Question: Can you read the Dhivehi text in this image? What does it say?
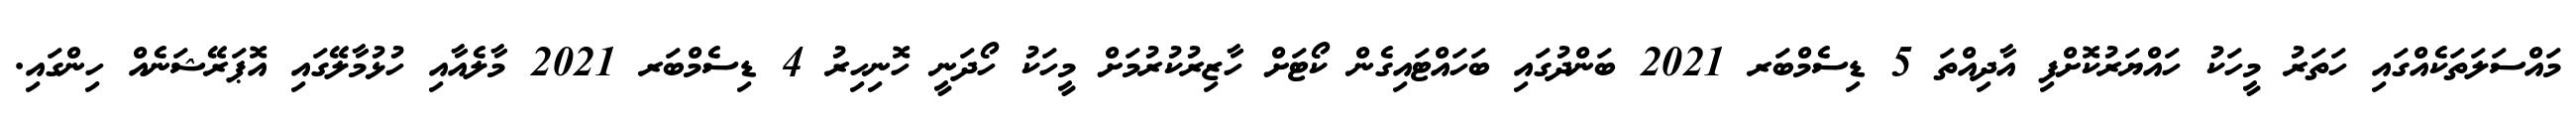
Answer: މައްސަލަތަކެއްގައި ހަތަރު މީހަކު ހައްޔަރުކޮށްފި އާދިއްތަ 5 ޑިސެމްބަރ 2021 ބަންދުގައި ބަހައްޓައިގެން ކޯޓަށް ހާޒިރުކުރުމަށް މީހަކު ހޯދަނީ ހޮނިހިރު 4 ޑިސެމްބަރ 2021 މާލެއާއި ހުޅުމާލޭގައި އޮޕަރޭޝަނެއް ހިންގައި.